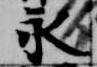
永